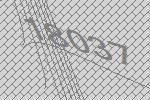
18037